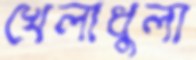
খেলাধুলা